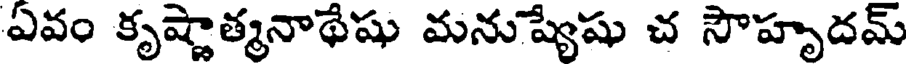
ఏవం కృష్ణాత్మనాథేషు మనుష్యేషు చ సౌహృదమ్